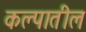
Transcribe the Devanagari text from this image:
कल्पातील